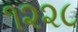
૧૨૨૮